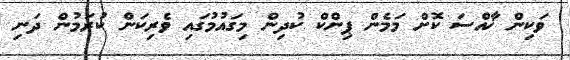
ވަކިން ޚާއްސަ ކޮށް މަމެން ޕިންކް ކުދިން މިގައުމުގައި ވެރިކަން ކުރަމުން ދަނި